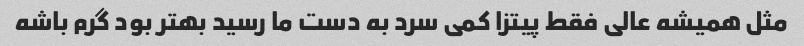
مثل همیشه عالی فقط پیتزا کمی سرد به دست ما رسید بهتر بود گرم باشه